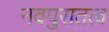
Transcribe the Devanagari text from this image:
नवपुरातत्व